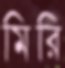
মিরি